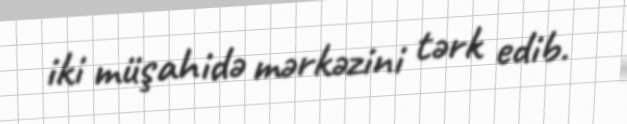
iki müşahidə mərkəzini tərk edib.